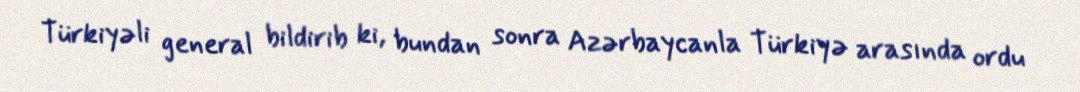
Türkiyəli general bildirib ki, bundan sonra Azərbaycanla Türkiyə arasında ordu